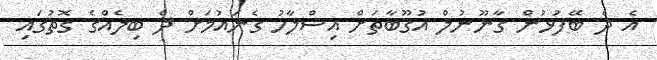
އެ ދެ ބޭފުޅުން ގާނޫނުލް އުގޫބާތަށް އިސްލާހު ގެނައުމަށް ދެ ބިލެއްގެ ގޮތުގައި